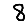
Digit: 8